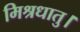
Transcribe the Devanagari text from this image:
मिश्रधातु।